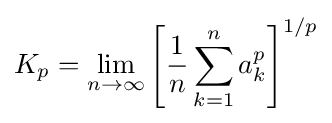
K_{p}=\lim _{n\to \infty }\left[{\frac {1}{n}}\sum _{k=1}^{n}a_{k}^{p}\right]^{1/p}